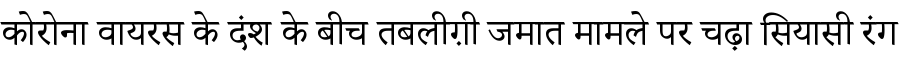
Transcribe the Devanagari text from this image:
कोरोना वायरस के दंश के बीच तबलीग़ी जमात मामले पर चढ़ा सियासी रंग